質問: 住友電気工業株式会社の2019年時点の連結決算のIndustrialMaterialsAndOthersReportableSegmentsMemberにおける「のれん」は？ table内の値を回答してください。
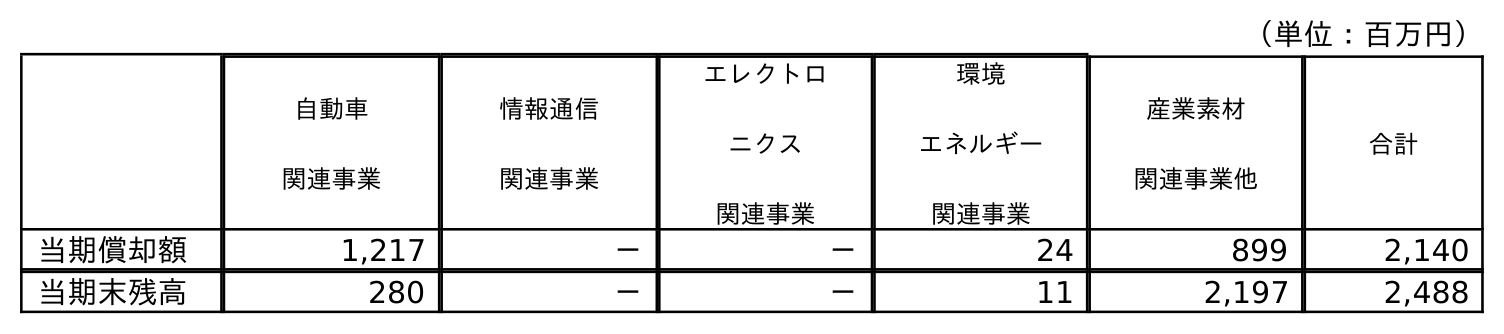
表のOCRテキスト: （単位：百万円） 自動車 関連事業 情報通信 関連事業 エレクトロ ニクス 関連事業 環境 エネルギー 関連事業 産業素材 関連事業他 合計 当期償却額 1,217 － － 24 899 2,140 当期末残高 280 － － 11 2,197 2,488
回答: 2,197